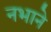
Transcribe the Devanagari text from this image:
नभाने